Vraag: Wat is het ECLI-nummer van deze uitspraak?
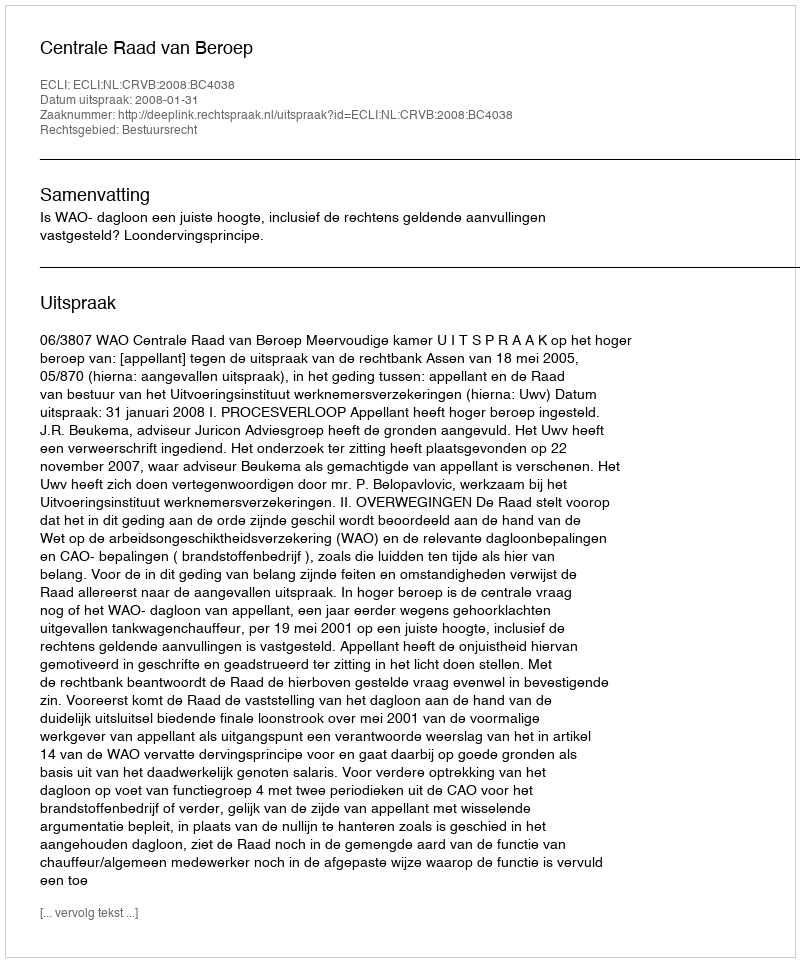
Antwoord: ECLI:NL:CRVB:2008:BC4038